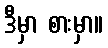
ဒီမှာ စားမှာ။